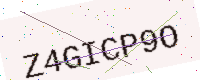
Text: Z4GICP9O